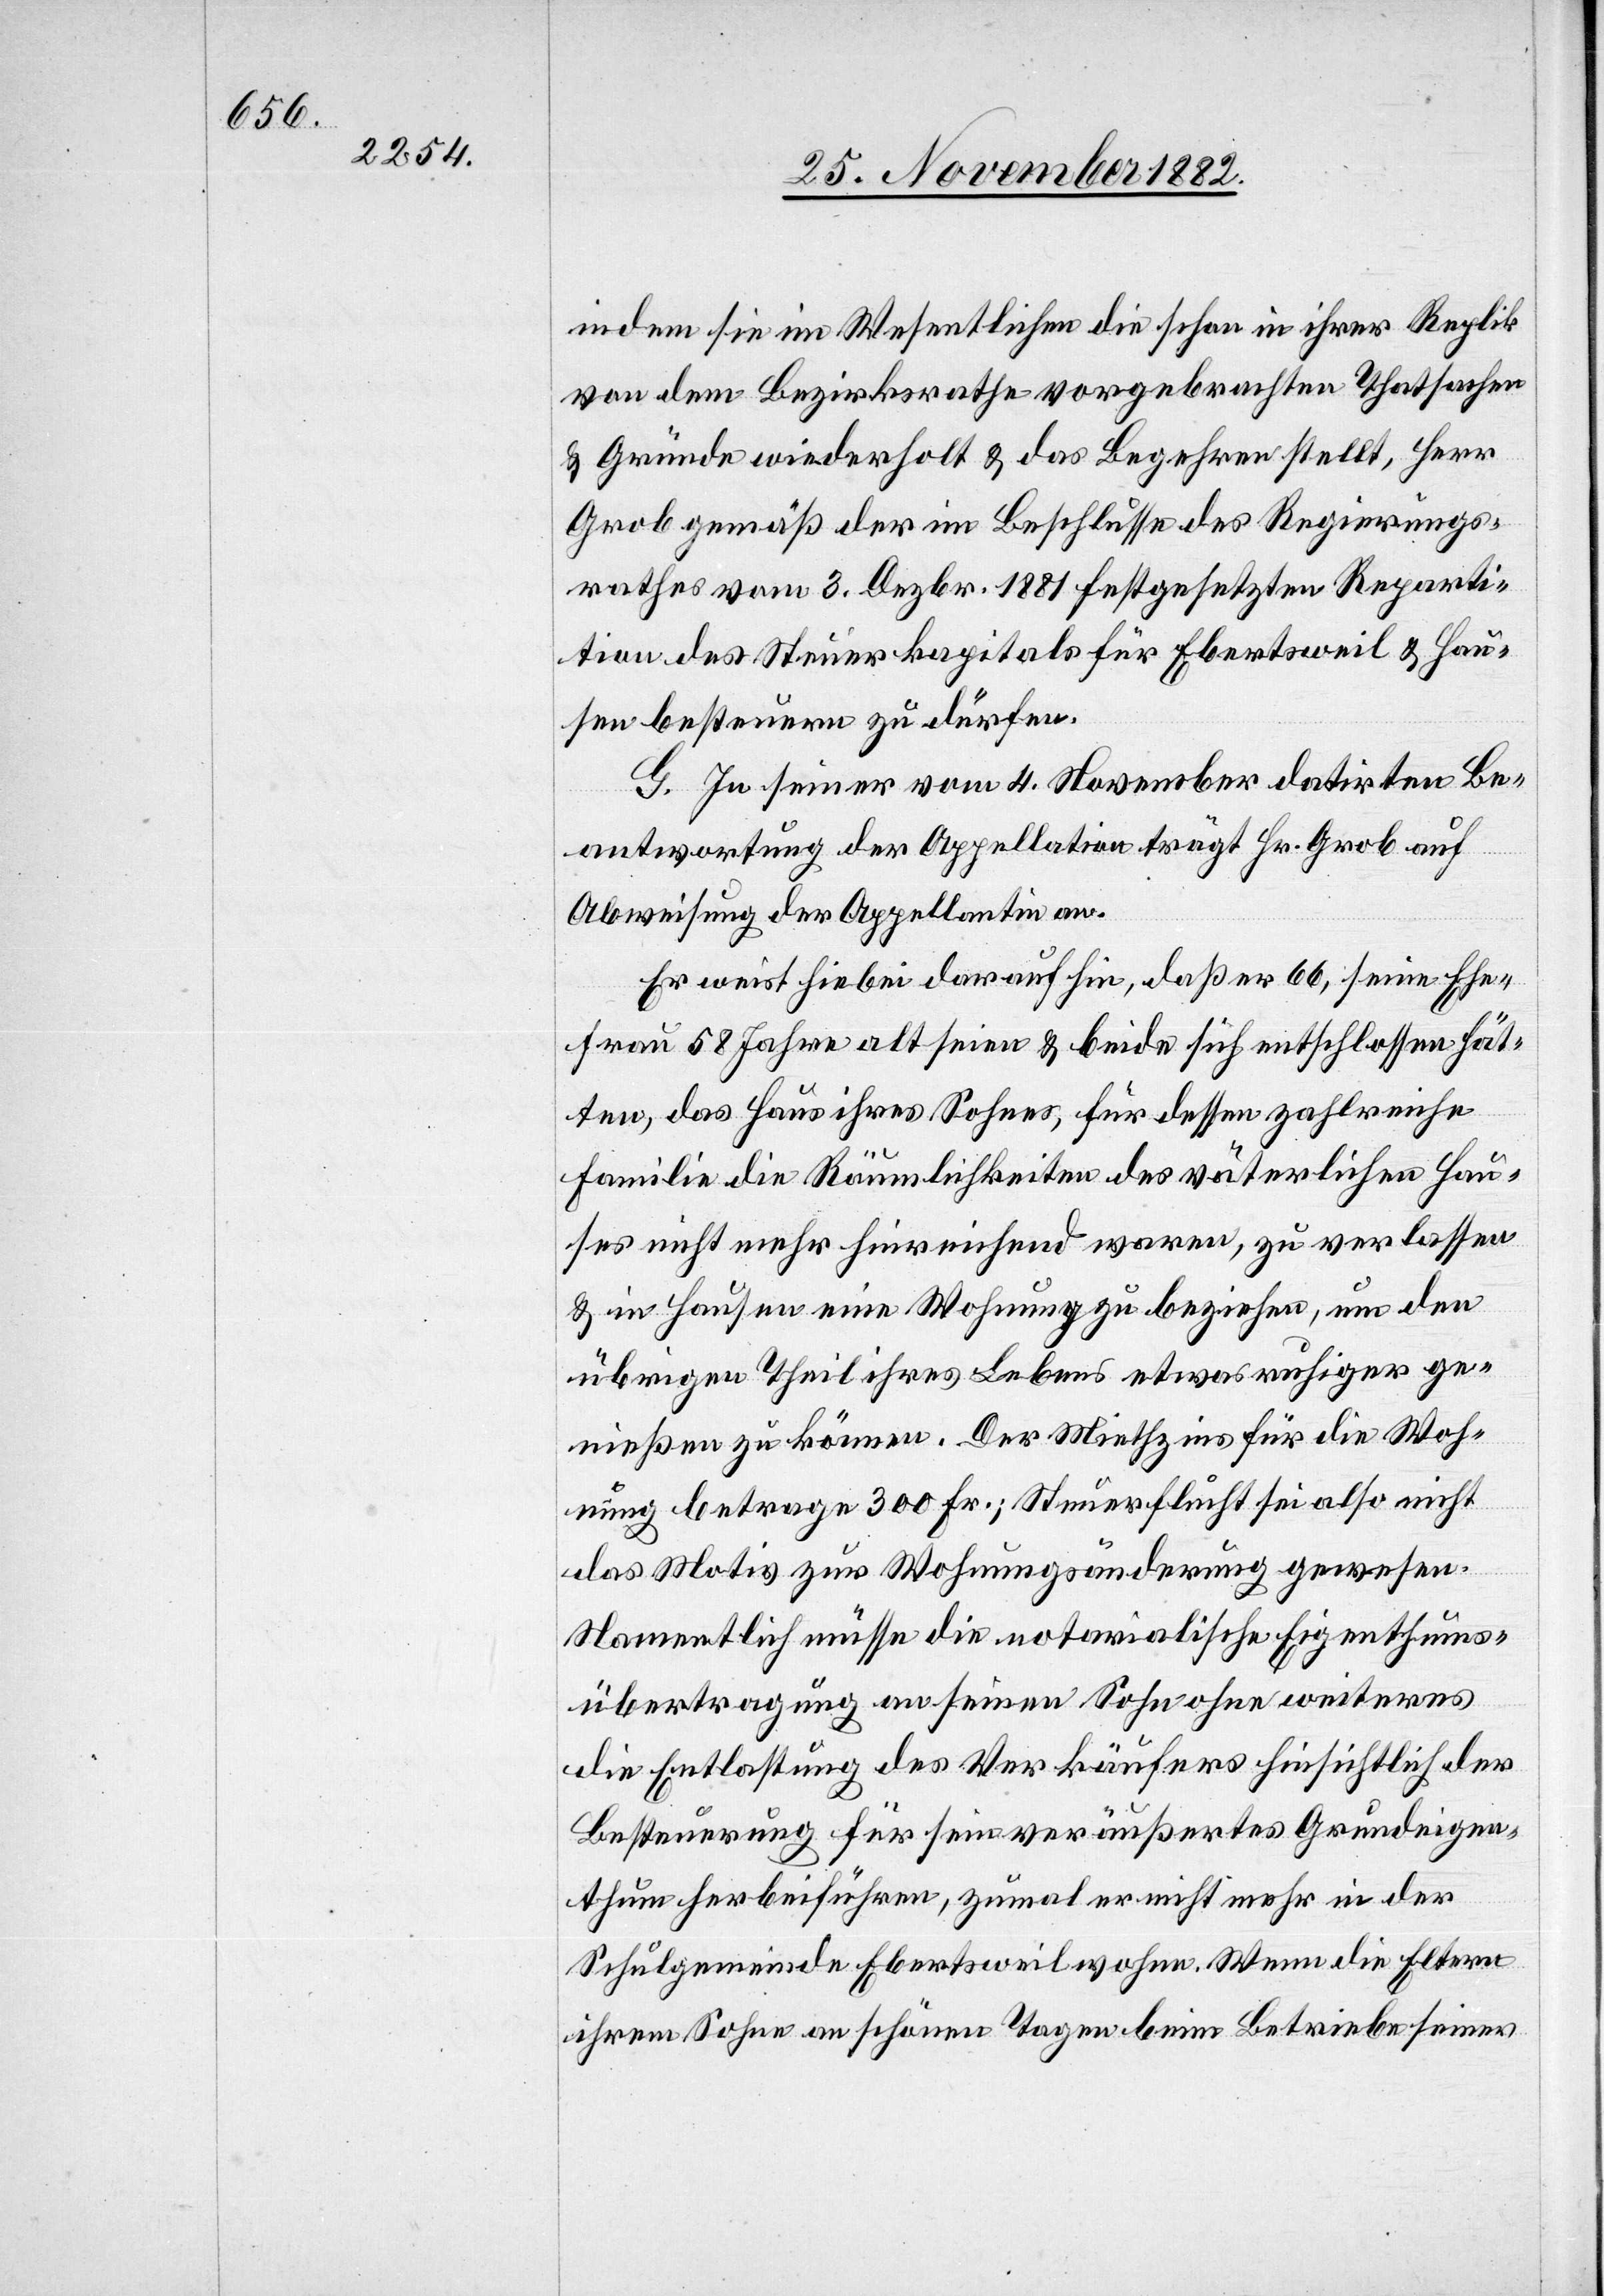
indem sie im Wesentlichen die schon in ihrer Replik
von dem Bezirksrathe vorgebrachten Thatsachen
& Gründe wiederholt & das Begehren stellt, Herr[n]
Grob gemäß der im Beschlusse des Regierungs¬
rathes vom 3. Dezbr. 1881 festgesetzten Reparti¬
tion des Steuerkapitals für Ebertsweil & Hau¬
sen besteuern zu dürfen.
G. In seiner vom 4. November datirten Be¬
antwortung der Appellation trägt Hr. Grob auf
Abweisung der Appellation an.
Er weist hiebei darauf hin, daß er 66, seine Ehe¬
frau 58 Jahre alt seien & beide sich entschlossen hät¬
ten, das Haus ihres Sohnes, für dessen zahlreiche
Familie die Räumlichkeiten des väterlichen Hau¬
ses nicht mehr hinreichend waren, zu verlassen
& in Hausen eine Wohnung zu beziehen, um den
übrigen Theil ihres Lebens etwas ruhiger ge¬
nießen zu können. Der Miethzins für die Woh¬
nung betrage 300 Fr.; Steuerflucht sei also nicht
das Motiv zur Wohnungsänderung gewesen.
Namentlich müsse die notarialische Eigenthums¬
übertragung an seinen Sohn ohne weiteres
die Entlastung des Verkäufers hinsichtlich der
Besteuerung für sein veräußertes Grundeigen¬
thum herbeiführen, zumal er nicht mehr in der
Schulgemeinde Ebertsweil wohne. Wenn die Eltern
ihrem Sohne an schönen Tagen beim Betriebe seiner